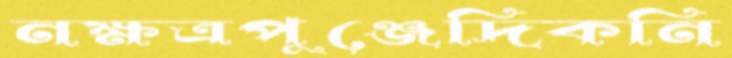
নক্ষত্রপুঞ্জেদিকনি